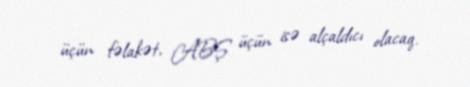
üçün fəlakət, ABŞ üçün isə alçaldıcı olacaq.